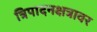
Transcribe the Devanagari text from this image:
त्रिपादनक्षत्रावर